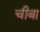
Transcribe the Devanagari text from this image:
चीबा